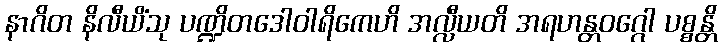
နာဂိတ နိလီယိံသု ပဏ္ဍိတဒေါဝါရိကေဟိ အလ္လီယတိ အရဟန္တဝဂ္ဂေါ ပစ္စန္တိ